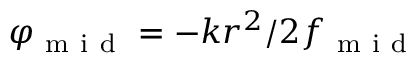
\varphi _ { \mathrm { ~ m ~ i ~ d ~ } } = - k r ^ { 2 } / 2 f _ { \mathrm { ~ m ~ i ~ d ~ } }